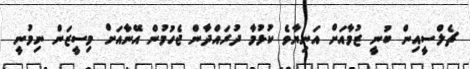
ޗެލްސީއިން ބުނީ ޒުމާއަށް އަނިޔާވެ ކުޅުމާ ދުރައްދާން ޖެހުމުން އޭނާއަށް މިސީޒަން ނިމުނީ